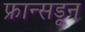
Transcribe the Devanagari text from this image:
फ्रान्सडून